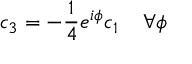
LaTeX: c _ { 3 } = - \frac { 1 } { 4 } e ^ { i \phi } c _ { 1 } \; \; \; \; \forall \phi